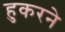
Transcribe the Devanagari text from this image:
हुकरने